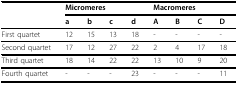
|  | <COLSPAN=4> Micromeres | <COLSPAN=4> Macromeres |
 |  | a | b | c | d | A | B | C | D |
 | --- | --- | --- | --- | --- | --- | --- | --- | --- |
 | First quartet | 12 | 15 | 13 | 18 | - | - | - | - |
 | Second quartet | 17 | 12 | 27 | 22 | 2 | 4 | 17 | 18 |
 | Third quartet | 18 | 14 | 22 | 22 | 13 | 10 | 9 | 20 |
 | Fourth quartet | - | - | - | 23 | - | - | - | 11 |